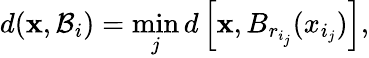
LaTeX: d(\mathbf{x},\mathcal{B}_{i})=\operatorname*{min}_{j}d\left[\mathbf{x},B_{r_{i_{j}}}(x_{i_{j}})\right],